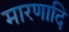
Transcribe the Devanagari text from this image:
मारणादि